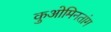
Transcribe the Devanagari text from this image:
कुओमिनतांग